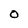
Character: O